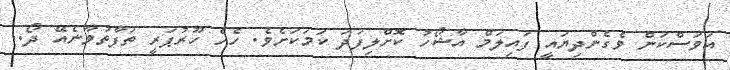
އަވަސްކަން ވެގެންދިޔައީ ފައިލަމް އާޝޯހު ކޮށްލިފަދަ ކަމަކަށެވެ. ހެހެ ހޫރުޕަރީ ތަފާތުވާނެއޭ ދޯ..